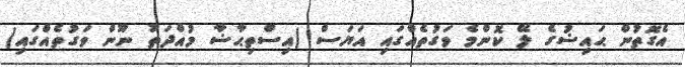
އެގޮތުން ޙައިޟުގެ ލޭ ކޮންމެ ވަގުތެއްގައި އަޔަސް (އިސްތިޙާޟާ މުއްދަތު ނޫން ވަގުތެއްގައި)